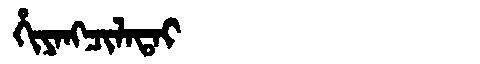
Manchu: ᡥᡳᠶᠠᠩᠴᡳᠯᠠᡨᠠᡳ
Romanization: HIYANGCILATAI